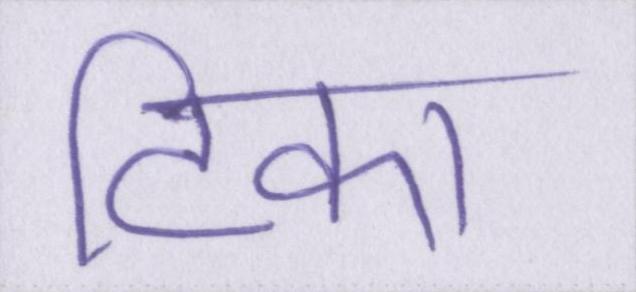
टिका